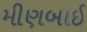
મીણબાઈ